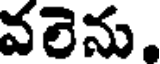
వలెను,